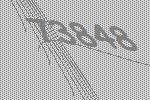
73848